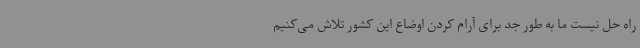
راه حل نیست ما به طور جد برای آرام کردن اوضاع این کشور تلاش می‌کنیم